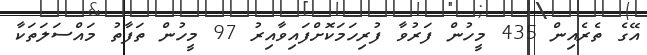
އޭގެ ތެރެއިން 435 މީހުން ފަރުވާ ފުރިހަމަކޮށްފައިވާއިރު 97 މީހުން ތަފާތު މައްސަލަތަކާ